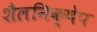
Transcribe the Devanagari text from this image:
शैलनिक्षेप